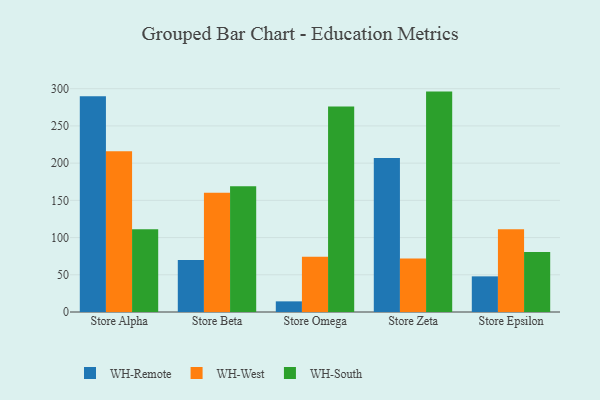
{"axis": {"x": "Store", "y": "Revenue (USD Million)"}, "legend": ["WH-Remote", "WH-South", "WH-West"], "data": [{"x": "Store Alpha", "y": 289.9, "type": "WH-Remote"}, {"x": "Store Alpha", "y": 216.1, "type": "WH-West"}, {"x": "Store Alpha", "y": 111.1, "type": "WH-South"}, {"x": "Store Beta", "y": 69.8, "type": "WH-Remote"}, {"x": "Store Beta", "y": 160.1, "type": "WH-West"}, {"x": "Store Beta", "y": 169.1, "type": "WH-South"}, {"x": "Store Omega", "y": 14.3, "type": "WH-Remote"}, {"x": "Store Omega", "y": 74.3, "type": "WH-West"}, {"x": "Store Omega", "y": 276.0, "type": "WH-South"}, {"x": "Store Zeta", "y": 206.9, "type": "WH-Remote"}, {"x": "Store Zeta", "y": 72.0, "type": "WH-West"}, {"x": "Store Zeta", "y": 296.1, "type": "WH-South"}, {"x": "Store Epsilon", "y": 47.9, "type": "WH-Remote"}, {"x": "Store Epsilon", "y": 111.1, "type": "WH-West"}, {"x": "Store Epsilon", "y": 80.6, "type": "WH-South"}]}